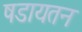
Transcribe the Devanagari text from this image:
षडायतन